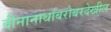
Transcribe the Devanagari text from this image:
दीनानाथांबरोबरदेखील